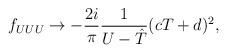
\begin{align*}f_{UUU} \rightarrow - \frac{2i}{\pi} \frac{1}{U -{\hat T}}( cT + d)^2,\end{align*}